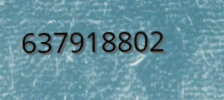
637918802